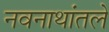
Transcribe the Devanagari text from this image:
नवनाथांतले